Mental hospitals Bombay report 1921-28 - 1921-1928
Year: 1921
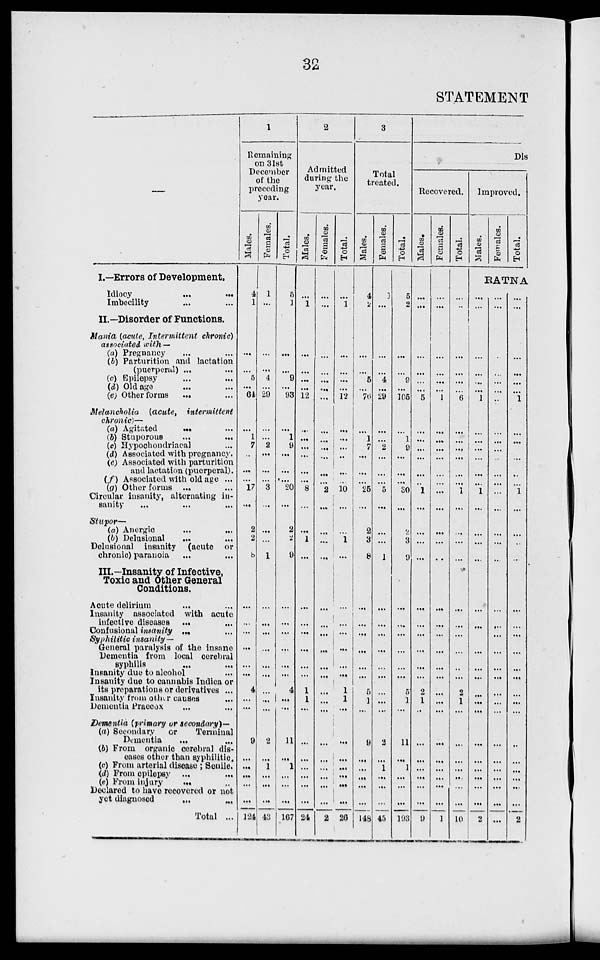
32
STATEMENT
—
I.—Errors of Development.
Idiocy
...
...
Imbecility ... ...
II. —Disorder of Functions.
Mania (acute, Intermittent chronic)
associated with—
(a) Pregnancy ... ...
(b) Parturition and lactation
(puerperal) ... ...
(c) Epilepsy ... ...
(d) Old age ... ...
(e) Other forms ... ...
Melancholia (acute, intermittent
chronic)—
(a) Agitated
...
...
(b) Stuporous ... ...
(c) Hypochondriacal ...
(d) Associated with pregnancy.
(e) Associated with parturition
and lactation (puerperal).
(f) Associated with old age ...
(g) Other forms ... ...
Circular insanity, alternating in-
sanity ... ... ...
Stupor—
(a) Anergic ... ...
(b) Delusional ... ...
Delusional insanity (acute or
chronic) paranoia ... ...
III.—Insanity of Infective,
Toxic and Other General
Conditions.
Acute delirium
... ...
Insanity associated with acute
infective diseases ... ...
Confusional insanity ... ...
Syphilitic insanity—
General paralysis of the insane
Dementia from local cerebral
syphilis ... ...
Insanity due to alcohol ...
Insanity due to cannabis Indica or
its preparations or derivatives ...
Insanity from other causes ...
Domentia Praecox ... ...
Dementia (primary or secondary)—
(a) Secondary
or
Terminal
Dementia
... ...
(b) From organic cerebral dis-
eases other than syphilitic.
(c) From arterial disease ; Senile.
(d) From epilepsy ... ...
(e) From injury
... ...
Declared to have recovered or not
yet diagnosed ... ...
Total ...
1
Remaining
on 31st
December
of the
preceding
year.
Males.
4
1
...
...
5
...
64
...
1
7
...
...
...
17
...
2
2
8
...
...
...
...
...
...
4
...
...
9
...
...
...
...
...
124
Females.
1
...
...
...
4
...
29
...
...
2
...
...
...
3
...
...
...
1
...
...
...
...
...
...
...
...
...
2
...
1
...
...
...
43
Total.
5
1
...
...
9
...
93
...
1
9
...
...
...
20
...
2
2
9
...
...
...
...
...
...
4
...
...
11
...
1
...
...
...
167
2
Admitted
during the
year.
Males.
...
1
...
...
...
...
12
...
...
...
...
...
...
8
...
...
1
...
...
...
...
...
...
...
1
1
...
...
...
...
...
...
...
24
Females.
...
...
...
...
...
...
...
...
...
...
...
...
...
2
...
...
...
...
...
...
...
...
...
...
...
...
...
...
...
...
...
...
...
2
Total.
...
1
...
...
...
...
12
...
...
...
...
...
...
10
...
...
1
...
...
...
...
...
...
...
1
1
...
...
...
...
...
...
...
26
3
Total
treated.
Males.
4
2
...
...
5
...
76
...
1
7
...
...
...
25
...
2
3
8
...
...
...
...
...
...
5
1
...
9
...
...
...
...
...
148
Females.
1
...
...
...
4
...
29
...
...
2
...
...
...
5
...
...
...
1
...
...
...
...
...
...
...
...
...
2
...
1
...
...
...
45
Total.
5
2
...
...
9
...
105
...
1
9
...
...
...
30
...
2
3
9
...
...
...
...
...
...
5
1
...
11
...
1
...
...
...
193
Dis
Recovered.
Males.
...
...
...
...
...
...
5
...
...
...
...
...
...
1
...
...
...
...
...
...
...
...
...
...
2
1
...
...
...
...
...
...
...
9
Females.
...
...
...
...
...
...
1
...
...
...
...
...
...
...
...
...
...
...
...
...
...
...
...
...
...
...
...
...
...
...
...
...
...
1
Total.
...
...
...
...
...
...
6
...
...
...
...
...
...
1
...
...
...
...
...
...
...
...
...
...
2
1
...
...
...
...
...
...
...
10
Improved.
Males.
Females.
Total.
RATNA
...
...
...
...
...
...
1
...
...
...
...
...
...
1
...
...
...
...
...
...
...
...
...
...
...
...
...
...
...
...
...
...
...
2
...
...
...
...
...
...
...
...
...
...
...
...
...
...
...
...
...
...
...
...
...
...
...
...
...
...
...
...
...
...
...
...
...
...
...
...
...
...
...
...
1
...
...
...
...
...
...
1
...
...
...
...
...
...
...
...
...
...
...
...
...
...
...
...
...
...
...
2